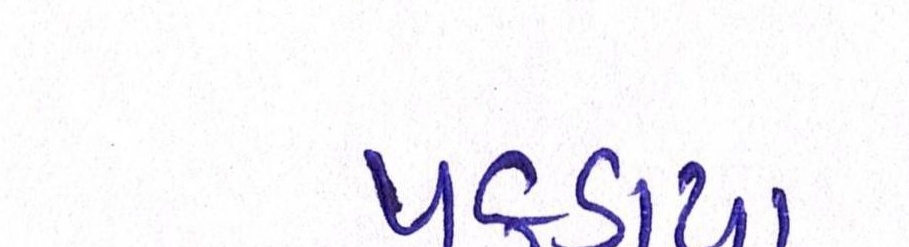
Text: પકડાયા